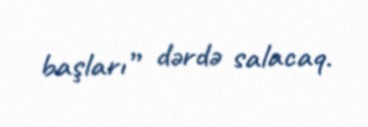
başları” dərdə salacaq.